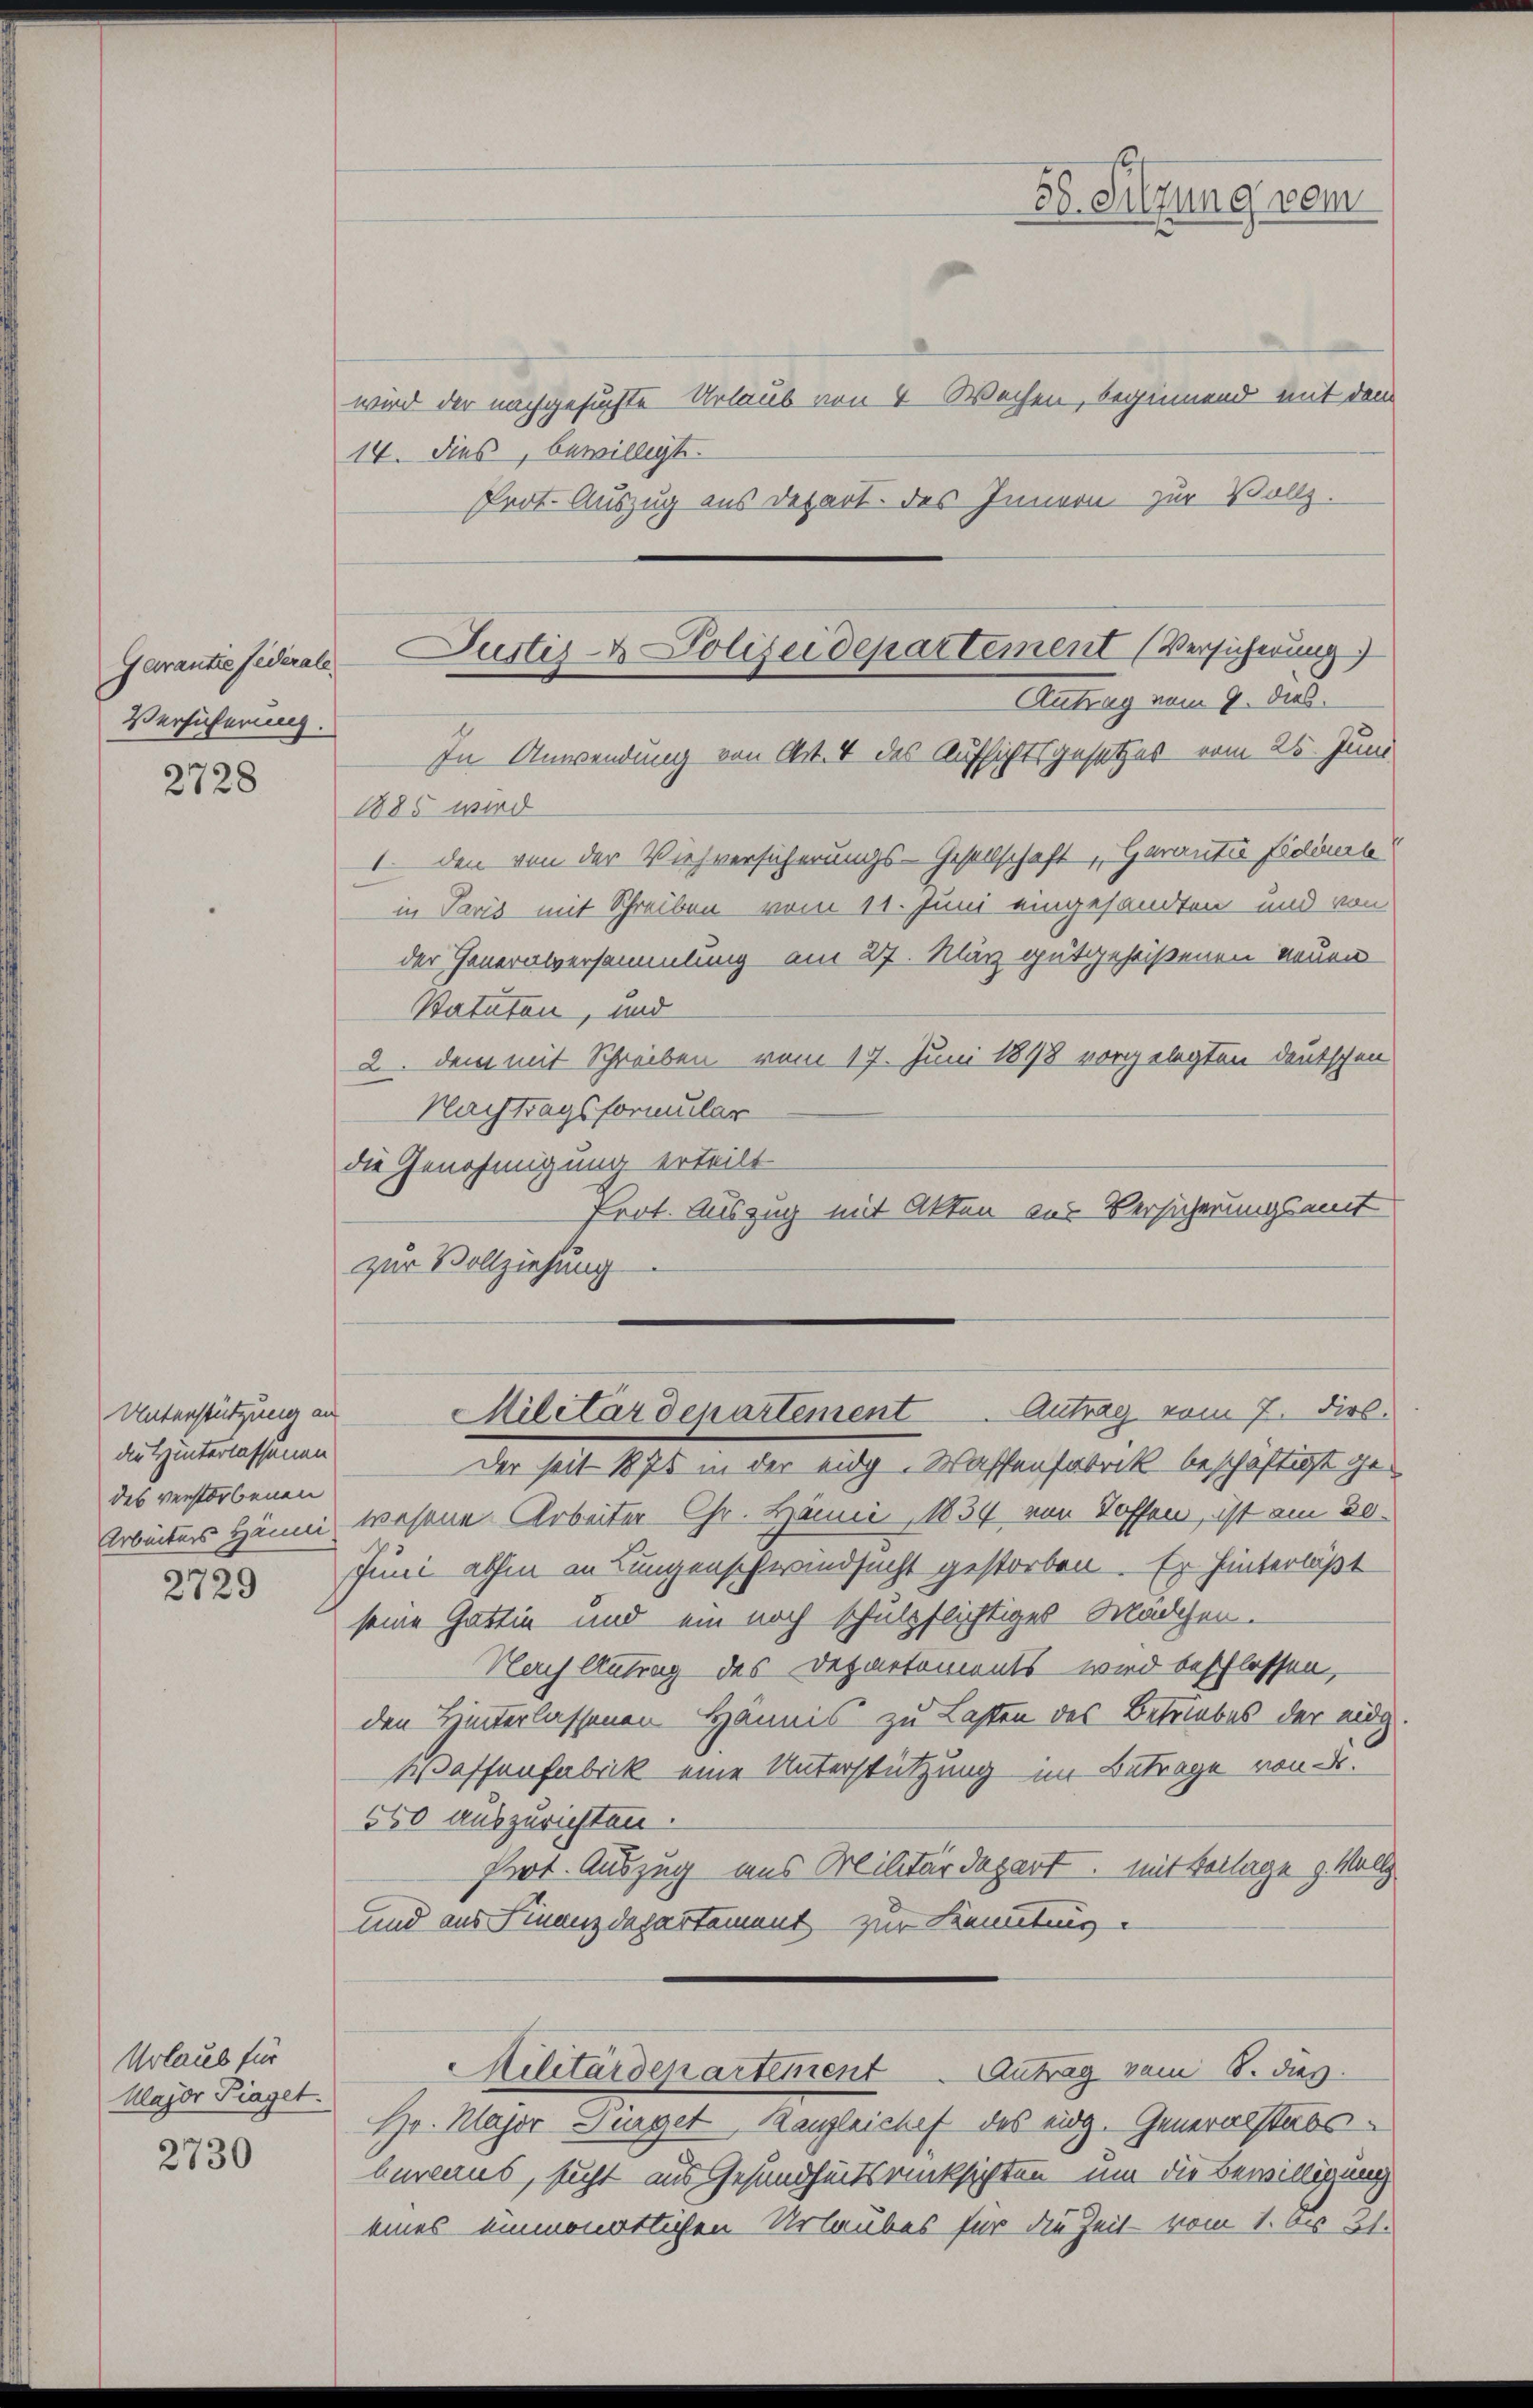
Garantze federale.
Versicherung.

2728

Unterstützung an
die Hinterlassenen
des verstorbenen
Arbeiters Hänni

2729

Urlaub für
Major Piaget.

2730

wird der nachgesuchte Urlaub von 4 Wochen, beginnend mit dem
14. dies, bewilligt.
Prot. Auszug aus Depart. des Innern zur Vollz
1885 wird
1. den von der Viehversicherungs-Gesellschaft Garantie Fedien
in Paris mit Schreiben vom 11. Juni eingesandten und von
der Generalversammlung am 27. März gutgeheißenen neuen
Statuten, und
2. dem mit Schreiben vom 17. Juni 1898 vorgelegten deutschen
Nachtragsformular
die Genehmigung erteilt
Prot. Auszug mit Akten aus Versicherungsmit
zur Vollziehung
Militärdepartement Antrag vom 7. Dieb.
Der seit 1875 in der eidg. Wassenfabrik beschäftigt gewesene Arbeiter Chr. Hämie, 1834 von Toffen, ist am 30.
Juni abhin an Lungenschwindsucht gestorben. Er hinterläßt
seine Gattin und ein noch schulpflichtiges Mädchen.
Nach Antrag des Dezmetoments wird beschlossen,
den Hinterlassenen Hännis zu Lasten des Betriebes der eidg
Waffenfabrik eine Unterstützung im Betrage von Fr.
550 auszurichten.
Prot. Auszug aus Militärdepart, mit Beilage g. Vollz
und aus Finanzdepartement zur Kenntung.
Militärdepartement Antrag vom 6. dies
Hr. Major Bürger Kanzleichef des eidg. Generalstabsberaus, sucht aus Gesundheitsrücksichten, um die Bewilligung
eines einmonatlichen Urlaubes für die Zeit vom 1. bis 31.

38. Sitzung vom

Justiz- & Polizeidepartement (Versicherung
Antrag vom 9. dies.
In Anwendung von Art. 4 des Aufsichtsgesetzes vom 25. Juni